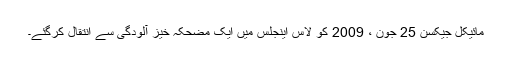
مائیکل جیکسن 25 جون ، 2009 کو لاس اینجلس میں ایک مضحکہ خیز آلودگی سے انتقال کرگئے۔